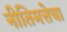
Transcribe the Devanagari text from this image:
नीतिमत्तेचा